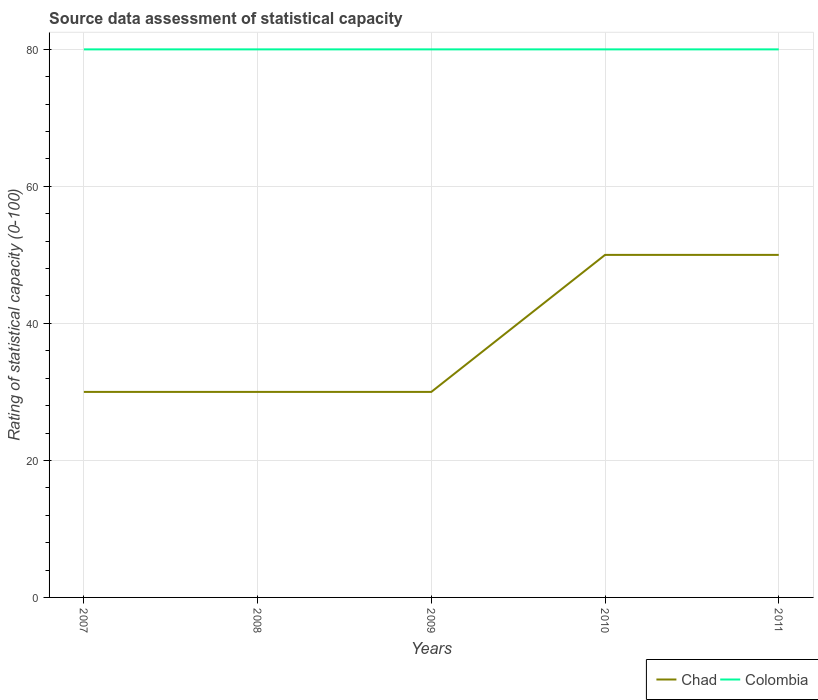
| Years | Chad | Colombia |
 | --- | --- | --- |
 | 2007 | 30 | 80 |
 | 2008 | 30 | 80 |
 | 2009 | 30 | 80 |
 | 2010 | 50 | 80 |
 | 2011 | 50 | 80 |